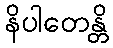
နိပါတေန္တိ